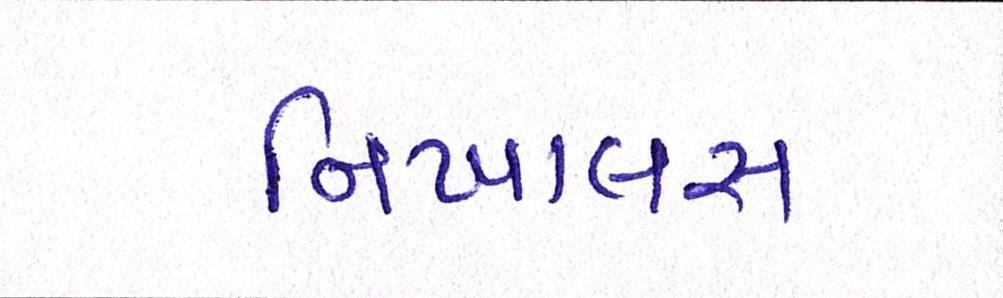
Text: નિખાલસ